First report of the anti-malarial operations at Mian Mir, 1901-1903 - Number 6
Year: 1901
Disease focus: Malaria
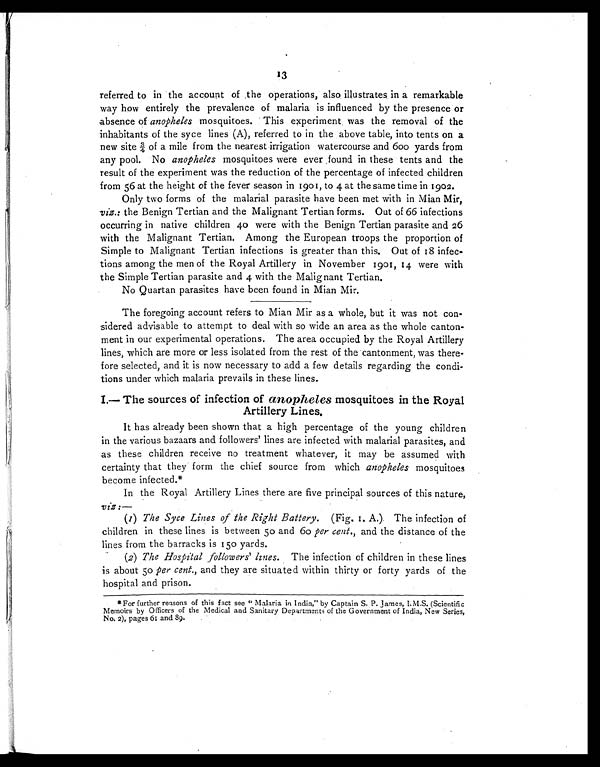
13
referred to in the account of the operations, also illustrates in a remarkable
way how entirely the prevalence of malaria is influenced by the presence or
absence of anopheles mosquitoes. This experiment was the removal of the
inhabitants of the syce lines (A), referred to in the above table, into tents on a
n e w s i t e ¾ o f a m i l e f r o m t h e n e a r e s t i r r i g a t i o n w a t e r c o u r s e a n d 6 0 0 y a r d s f r o m
any pool. No anopheles mosquitoes were ever found in these tents and the
result of the experiment was the reduction of the percentage of infected children
from 56 at the height of the fever season in 1901, to 4 at the same time in 1902.
Only two forms of the malarial parasite have been met with in Mian Mir,
viz.: the Benign Tertian and the Malignant Tertian forms. Out of 26 infections
occurring in native children 40 were with the Benign Tertian parasite and 26
with the Malignant Tertian. Among the European troops the proportion of
Simple to Malignant Tertian infections is greater than this. Out of 18 infec-
tions among the men of the Royal Artillery in November 1901, 14 were with
the Simple Tertian parasite and 4 with the Malignant Tertian.
No Quartan parasites have been found in Mian Mir.
The foregoing account refers to Mian Mir as a whole, but it was not con-
sidered advisable to attempt to deal with so wide an area as the whole canton-
ment in our experimental operations. The area occupied by the Royal Artillery
lines, which are more or less isolated from the rest of the cantonment, was there-
fore selected, and it is now necessary to add a few details regarding the condi-
tions under which malaria prevails in these lines.
I.— The sources of infection of anopheles mosquitoes in the Royal
Artillery Lines.
It has already been shown that a high percentage of the young children
in the various bazaars and followers' lines are infected with malarial parasites, and
as these children receive no treatment whatever, it may be assumed with
certainty that they form the chief source from which anopheles mosquitoes
become infected.*
In the Royal Artillery Lines there are five principal sources of this nature,
v i z : —
(1) The Syce Lines of the Right Battery. (Fig. 1. A.) The infection of
children in these lines is between 50 and 60 per cent., and the distance of the
lines from the barracks is 150 yards.
(2) The Hospital followers' lines. The infection of children in these lines
is about 50 per cent., and they are situated within thirty or forty yards of the
hospital and prison.
*For further reasons of this fact see " Malaria in India," by Captain S. P. James, I.M.S. (Scientific
Memoirs by Officers of the Medical and Sanitary Departments of the Government of India, New Series,
No. 2), pages 61 and 89.